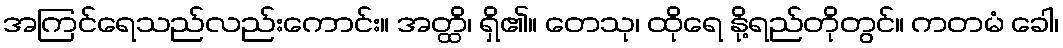
အကြင်ရေသည်လည်းကောင်း။ အတ္ထိ၊ ရှိ၏။ တေသု၊ ထိုရေ နို့ရည်တိုတွင်။ ကတမံ ခေါ၊